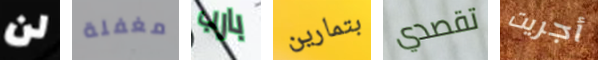
لن مغفلة بارب بتمارين تقصدي أجريت